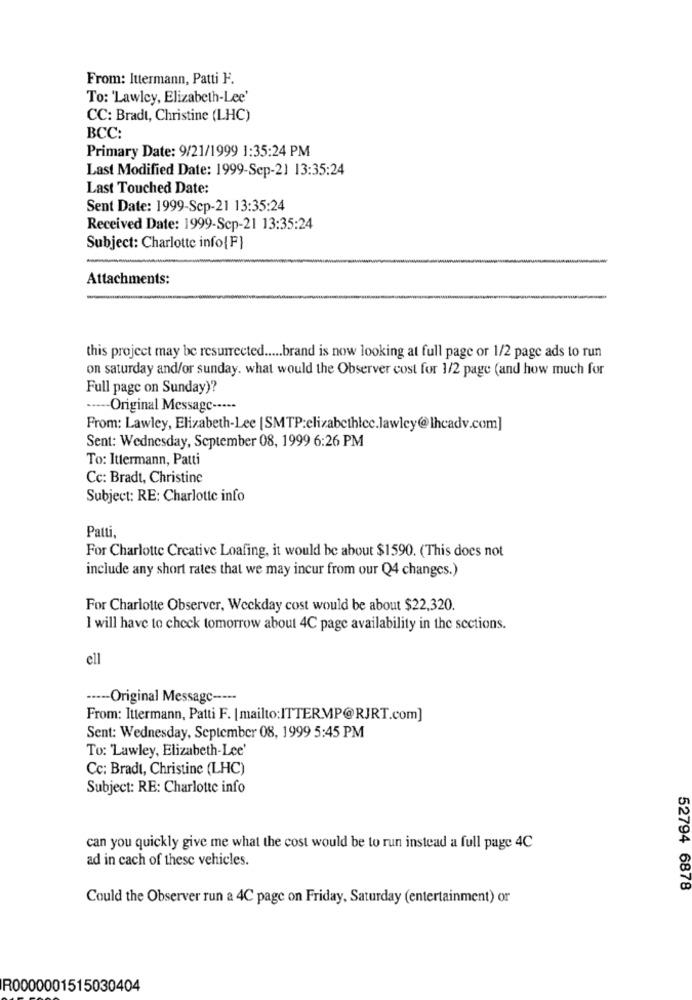
From: Ittermann, Patti F.
To: 'Lawley, Elizabeth-Lee'
CC: Bradt, Christine (LHC)
BCC:
Primary Date: 9/21/1999 1:35:24 PM
Last Modified Date: 1999-Sep-21 13:35:24
Last Touched Date:
Sent Date: 1999-Sep-21 13:35:24
Received Date: 1999-Sep-21 13:35:24
Subject: Charlotte info{F}
Attachments:
this project may be resurrected ..... brand is now looking at full page or 1/2 page ads to run
on saturday and/or sunday. what would the Observer cost for 1/2 page (and how much for
Full page on Sunday)?
----- Original Message -····
From: Lawley, Elizabeth-Lee [SMTP:elizabethlcc.lawley@lhcadv.com]
Sent: Wednesday, September 08, 1999 6:26 PM
To: Ittermann, Patti
Cc: Bradt, Christine
Subject: RE: Charlotte info
Patti,
For Charlotte Creative Loafing, it would be about $1590. (This does not
include any short rates that we may incur from our Q4 changes.)
For Charlotte Observer, Weekday cost would be about $22,320.
I will have to check tomorrow about 4C page availability in the sections.
ell
----- Original Message -----
From: Ittermann, Patti F. [mailto:ITTERMP@RJRT.com]
Sent: Wednesday, September 08, 1999 5:45 PM
To: Lawley, Elizabeth-Lee'
Cc: Bradt, Christine (LHC)
Subject: RE: Charlotte info
can you quickly give me what the cost would be to run instead a full page 4C
ad in cach of these vehicles.
52794 6878
Could the Observer run a 4C page on Friday, Saturday (entertainment) or
R0000001515030404